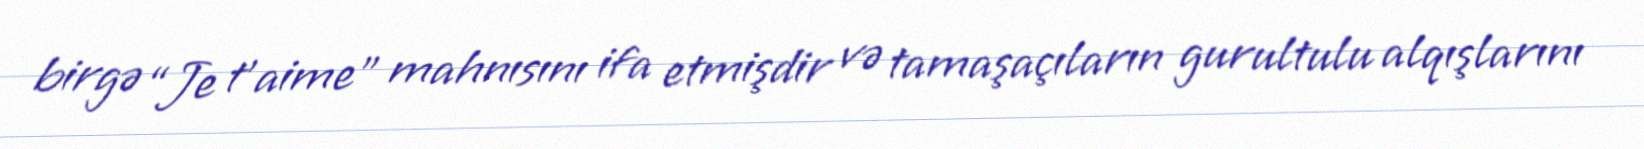
birgə “Je t'aime” mahnısını ifa etmişdir və tamaşaçıların gurultulu alqışlarını